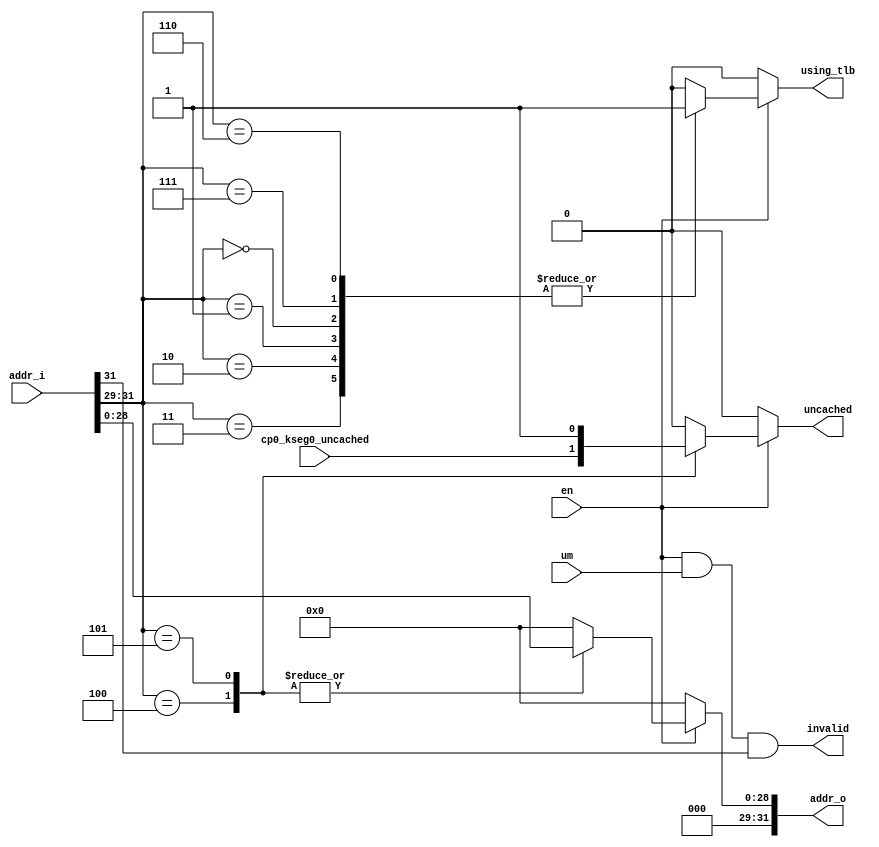

module mem_map(/*autoport*/
//output
         addr_o,
         invalid,
         using_tlb,
         uncached,
//input
         addr_i,
         en,
         um,
         cp0_kseg0_uncached);

parameter WITH_TLB = 1;

input wire[31:0] addr_i;
output reg[31:0] addr_o;
input wire en;
input wire um;
input wire cp0_kseg0_uncached;
output wire invalid;
output reg using_tlb;
output reg uncached;

assign invalid = (en & um & addr_i[31]);
always @(*) begin
    using_tlb <= 1'b0;
    addr_o <= 32'b0;
    uncached <= 1'b0;
    if (en) begin
        casez(addr_i[31:29])
        3'b110,         //kseg2
        3'b111,         //kseg3
        3'b000,
		3'b001,
		3'b010,
		3'b011: begin   //useg
            if(WITH_TLB)
                using_tlb <= 1'b1;
            else
                addr_o <= addr_i; //fixed mapping described in Appendix A.1
        end
        3'b100: begin   //kseg0
            uncached <= cp0_kseg0_uncached;
            addr_o <= {3'b0, addr_i[28:0]};
        end
        3'b101: begin   //kseg1
            uncached <= 1'b1;
            addr_o <= {3'b0, addr_i[28:0]};
        end
        endcase
    end
end

endmodule